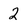
Character: 2